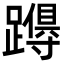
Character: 𮜚